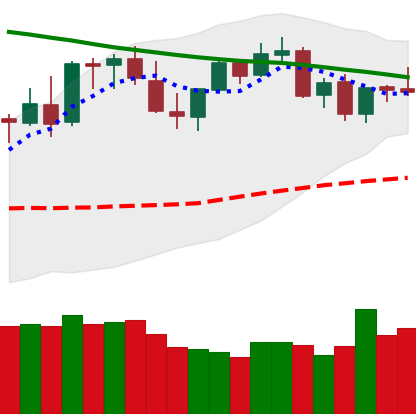
Ticker: LTC-USD
Chart end date: 2021-08-29
Forward return: 21.901%
Label: up_7plus